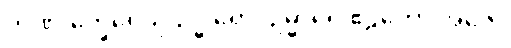
ဣဏု’က္ခေပေသု ဥဒ္ဓါရော၊ ဥမ္မာရေ ဧဠကော အဇေ။